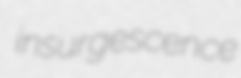
insurgescence